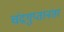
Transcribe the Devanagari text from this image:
चंद्रगुप्तानंतर